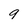
Character: 9